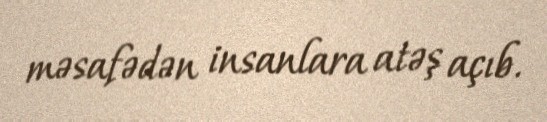
məsafədən insanlara atəş açıb.